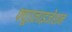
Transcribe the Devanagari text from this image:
फ्यूडलाइजेशन